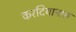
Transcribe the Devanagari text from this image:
करदियानारु